Tezpur Lunatic Asylum reports 1877-1894 - 1877-1894
Year: 1877
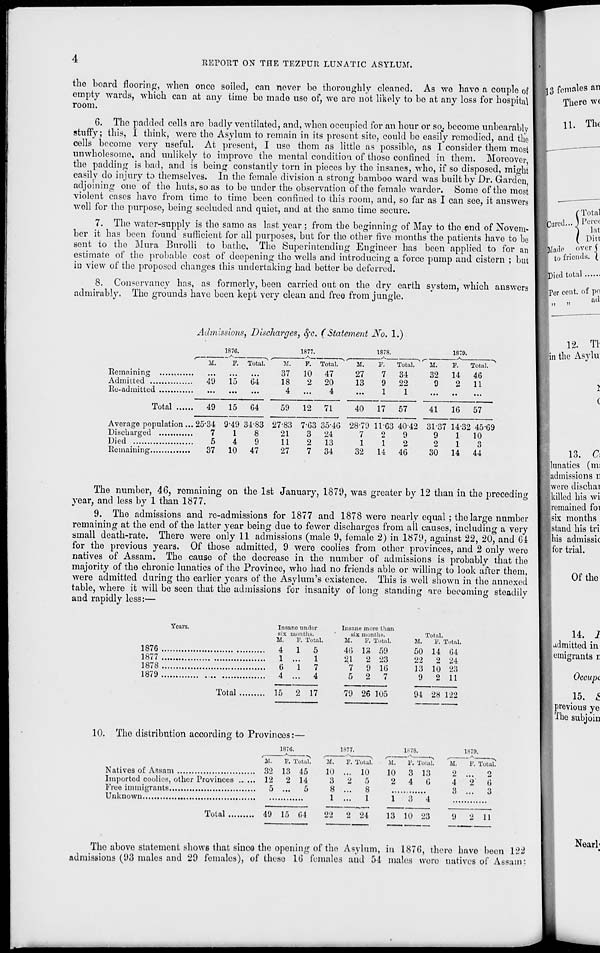
4
REPORT ON THE TEZPUR LUNATIC ASYLUM.
the board flooring, when once soiled, can never bo thoroughly cleaned. As wo have a couple of
empty wards, which can at any time be made use of, we are not likely to be at any loss for hospital
room.
G. The padded cells are badly ventilated, and, when occupied for an hour or so,, become unbearably
stuffy; this, I think, were the Asylum to remain in its present site, could be easily remedied, and tho
cells become very useful. At present, I use thom as little as possible, as I consider them most
unwholesome, and unlikely to improve the mental condition of those confined in them. Moreover
the padding is bad, and is being constantly torn in pieces by the insancs, who, if so disposed, might
easily do injury to themselves. In the female division a strong bamboo ward was built by Dr. Garden
adjoining one of the huts, so as to be under the observation of the female warder. Some of tho most
violent cases have from time to time been confined to this room, and, so far as I can see, it answers
well for tho purpose, being secluded and quiet, and at the samo time secure.
7. The water-supply is the samo as last year ; from the beginning of May to the end of Novem-
ber it has been found sufficient for all purposes, but for tho other five months the patients have to bo
sent to the Mura Burolli to bathe. The Superintending Engineer has been applied to for an
estimate of the probable cost of deepening the wells and introducing a force pump and cistern ; but
in view of the proposed changes this undertaking had better be deferred.
8. Conservancy has, as formerly, been carried out on the dry earth system, which answers
admirably. The grounds have been kept very clean and free from jungle.
I3 females an
There we
11. Tho
■Died total
[Per cent, of pn
ad
I ii
"
Admissions, Discharges, §c. (Statement No. 1.)
i———
M.
.
49
1S7C.
F.
15
1877.
1878.
ir.
32
9
1879.
-•-
Total.
64
M.
37
18
4
P.
10
2
Total.
M.
47
27
20
13
4
P.
7
9
1
Total.
34
22
1
F.
Total.
14 46
2
11
Total .... .
49
15
G4
59
12 71
40 17 57
41
16
57
Average population.
Died
.. 25-34
7
5
37
9-49
1
4
10
34-83
8
9
47
27-83
21
11
27
7-G3 35-4G
3 24
2
13
7 34
28-79
7
1
32
11-63 40-42
2
9
1
2
14 46
31-37
9
2
30
1432 45-G9
1
10
1
3
14 44
The number, 46, remaining on the 1st January, 1879, was greater by 12 than in the preceding
year, and less by 1 than 1877.
9. The admissions and re-admissions for 1877 and 1878 were nearly equal ; the large number
remaining at the end of the latter year being due to fewer discharges from all causes, including a very
small death-rate. There were only 11 admissions (male 9, female 2) in 1879, against 22, 20, and 61
for the previous years. Of those admitted, 9 were coolies from other provinces, and 2 only were
natives of Assam. The cause of the decrease in the number of admissions is probably that the
majority of the chronic lunatics of the Province, who had no friends able or willing to look after them,
were admitted during the earlier years of the Asylum's existence. This is well shown in the annexed
table, where it will be seen that tho admissions for insanity of long standing are becoming steadily
and rapidly less:—
12. Tl
in the Asylu
13. Oi
lunatics (mi
^.admissions n
[were dischai
^killed his wi
h'emained foi
Ssix months
1 stand his tri
|his admissk
tor trial.
Years.
1876
1877
1878
1879
Total
Insane under
Insane more than
six mon ths.
six months.
lotal.
M.
P. Total.
M.
F. Total.
M.
P. Total
4
1
5
4G n 59
50 14 G4
1 ...
1
21
2 23
22 2 24
6
1
7
7 9 16
13 10 23
4 ...
4
5 2 7
9
2 11
15 2 17
79 26 105
94 28 122
10. The distribution according to Provinces:—
1876.
1S77.
.
■*•
,
11.
P. Total.
Natives of Assam
32 13 45
Imported coolies, other Provinces ..... 12 2 14
Free immigrants
5 ... 5
Unknown
Total
49 15 64
22 2 24
M.
10
3
8
1
P. Total.
.... 10
2 5
...
8
...
1
'il.
10
2
1*78.
—•>
,
P. Total.
3 13
4 G
1
3 4
13 10 23
1H70.
'M.
P. Total.
2 ...
2
4
2
G
3 ...
3
11
The abovo statement SIIOWB that sinco the opening of tho Asylum, in 187(5, there have beon 122
admissions (93 males and 29 females), of theso 16 females and 54 males were natives of Assam: